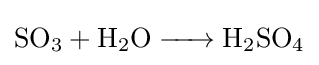
{\ce {SO3 + H2O -> H2SO4}}